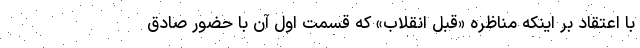
با اعتقاد بر اینکه مناظره «قبلِ انقلاب» که قسمت اول آن با حضور صادق